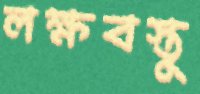
লক্ষবস্তু